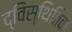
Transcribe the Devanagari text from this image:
द्विस्थितिक